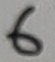
Text: 6